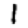
Digit: 1